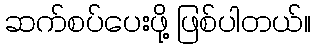
ဆက်စပ်ပေးဖို့ ဖြစ်ပါတယ်။